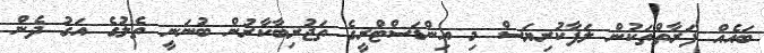
ބައެއް ފަރާތްތަކުން ލަފާކުރިޔަސް މި އިންޑަސްޓްރީގެ ތަޖުރިބާކާރުން ބުނަނީ ތެލުގެ އަގު ދެން